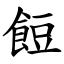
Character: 餖